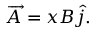
\overrightarrow { A } = x B \widehat { j } .